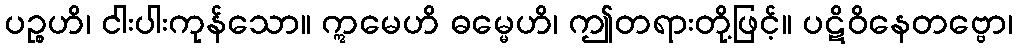
ပဉ္စဟိ၊ ငါးပါးကုန်သော။ ဣမေဟိ ဓမ္မေဟိ၊ ဤတရားတို့ဖြင့်။ ပဋိဝိနေတဗ္ဗော၊